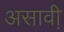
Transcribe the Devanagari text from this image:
असावी़